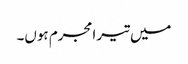
میں تیرامجرم ہوں۔